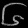
Digit: ၆